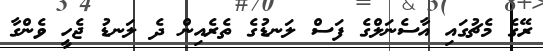
ރޭގެ މެޗުގައި އާސެނަލްގެ ފަސް ލަނޑުގެ ތެރެއިން ދެ ލަނޑު ޖެހީ ވެންގާ